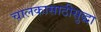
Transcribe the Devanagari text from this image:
चालकासाठीसुद्धा